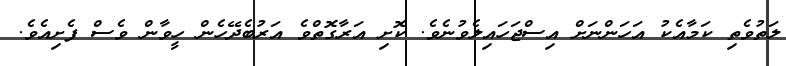
ލަތުވެތި ކަމާއެކު އަހަންނަށް އިސްޖަހައިލެވުނެވެ. ކޮށި އަރާގޮތްވެ އަރުބެދޭހެން ހީވާން ވެސް ފެށިއެވެ.